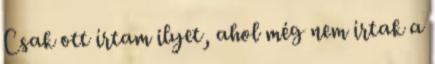
Csak ott írtam ilyet, ahol még nem írtak a